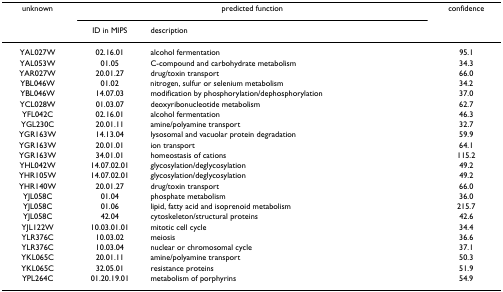
| unknown | <COLSPAN=2> predicted function | confidence |
 |  | ID in MIPS | description |  |
 | --- | --- | --- | --- |
 | YAL027W | 02.16.01 | alcohol fermentation | 95.1 |
 | YAL053W | 01.05 | C-compound and carbohydrate metabolism | 34.3 |
 | YAR027W | 20.01.27 | drug/toxin transport | 66.0 |
 | YBL046W | 01.02 | nitrogen, sulfur or selenium metabolism | 34.2 |
 | YBL046W | 14.07.03 | modification by phosphorylation/dephosphorylation | 37.0 |
 | YCL028W | 01.03.07 | deoxyribonucleotide metabolism | 62.7 |
 | YFL042C | 02.16.01 | alcohol fermentation | 46.3 |
 | YGL230C | 20.01.11 | amine/polyamine transport | 32.7 |
 | YGR163W | 14.13.04 | lysosomal and vacuolar protein degradation | 59.9 |
 | YGR163W | 20.01.01 | ion transport | 64.1 |
 | YGR163W | 34.01.01 | homeostasis of cations | 115.2 |
 | YHL042W | 14.07.02.01 | glycosylation/deglycosylation | 49.2 |
 | YHR105W | 14.07.02.01 | glycosylation/deglycosylation | 49.2 |
 | YHR140W | 20.01.27 | drug/toxin transport | 66.0 |
 | YJL058C | 01.04 | phosphate metabolism | 36.0 |
 | YJL058C | 01.06 | lipid, fatty acid and isoprenoid metabolism | 215.7 |
 | YJL058C | 42.04 | cytoskeleton/structural proteins | 42.6 |
 | YJL122W | 10.03.01.01 | mitotic cell cycle | 34.4 |
 | YLR376C | 10.03.02 | meiosis | 36.6 |
 | YLR376C | 10.03.04 | nuclear or chromosomal cycle | 37.1 |
 | YKL065C | 20.01.11 | amine/polyamine transport | 50.3 |
 | YKL065C | 32.05.01 | resistance proteins | 51.9 |
 | YPL264C | 01.20.19.01 | metabolism of porphyrins | 54.9 |